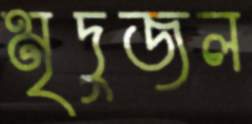
মৃদুজল